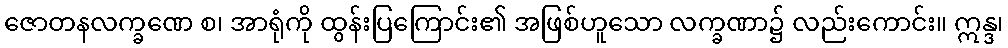
ဇောတနလက္ခဏေ စ၊ အာရုံကို ထွန်းပြကြောင်း၏ အဖြစ်ဟူသော လက္ခဏာ၌ လည်းကောင်း။ ဣန္ဒ၊